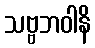
သဗ္ဗဘဝါနိ